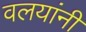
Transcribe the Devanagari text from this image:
वलयांनी